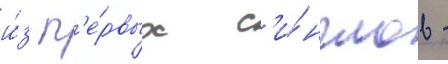
и́з п'е́рвых с'и́нглов -